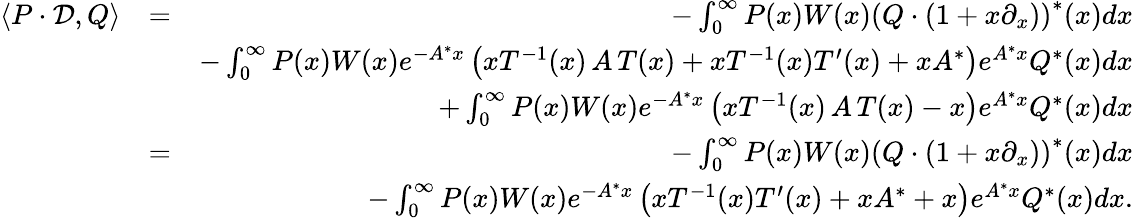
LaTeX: \begin{array}{rlr}{\langle P\cdot\mathcal{D},Q\rangle}&{=}&{-\int_{0}^{\infty}P(x)W(x)\left(Q\cdot(1+x\partial_{x})\right)^{\ast}(x)dx}\\ &{}&{-\int_{0}^{\infty}P(x)W(x)e^{-A^{\ast}x}\left(xT^{-1}(x)\, A\, T(x)+xT^{-1}(x)T^{\prime}(x)+xA^{\ast}\right)e^{A^{\ast}x}Q^{\ast}(x)dx}\\ &{}&{+\int_{0}^{\infty}P(x)W(x)e^{-A^{\ast}x}\left(xT^{-1}(x)\, A\, T(x)-x\right)e^{A^{\ast}x}Q^{\ast}(x)dx}\\ &{=}&{-\int_{0}^{\infty}P(x)W(x)\left(Q\cdot(1+x\partial_{x})\right)^{\ast}(x)dx}\\ &{}&{-\int_{0}^{\infty}P(x)W(x)e^{-A^{\ast}x}\left(xT^{-1}(x)T^{\prime}(x)+xA^{\ast}+x\right)e^{A^{\ast}x}Q^{\ast}(x)dx.}\end{array}